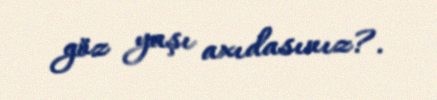
göz yaşı axıdasınız?.